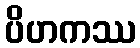
ပိဟကဿ